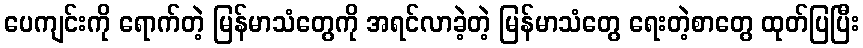
ပေကျင်းကို ရောက်တဲ့ မြန်မာသံတွေကို အရင်လာခဲ့တဲ့ မြန်မာသံတွေ ရေးတဲ့စာတွေ ထုတ်ပြပြီး